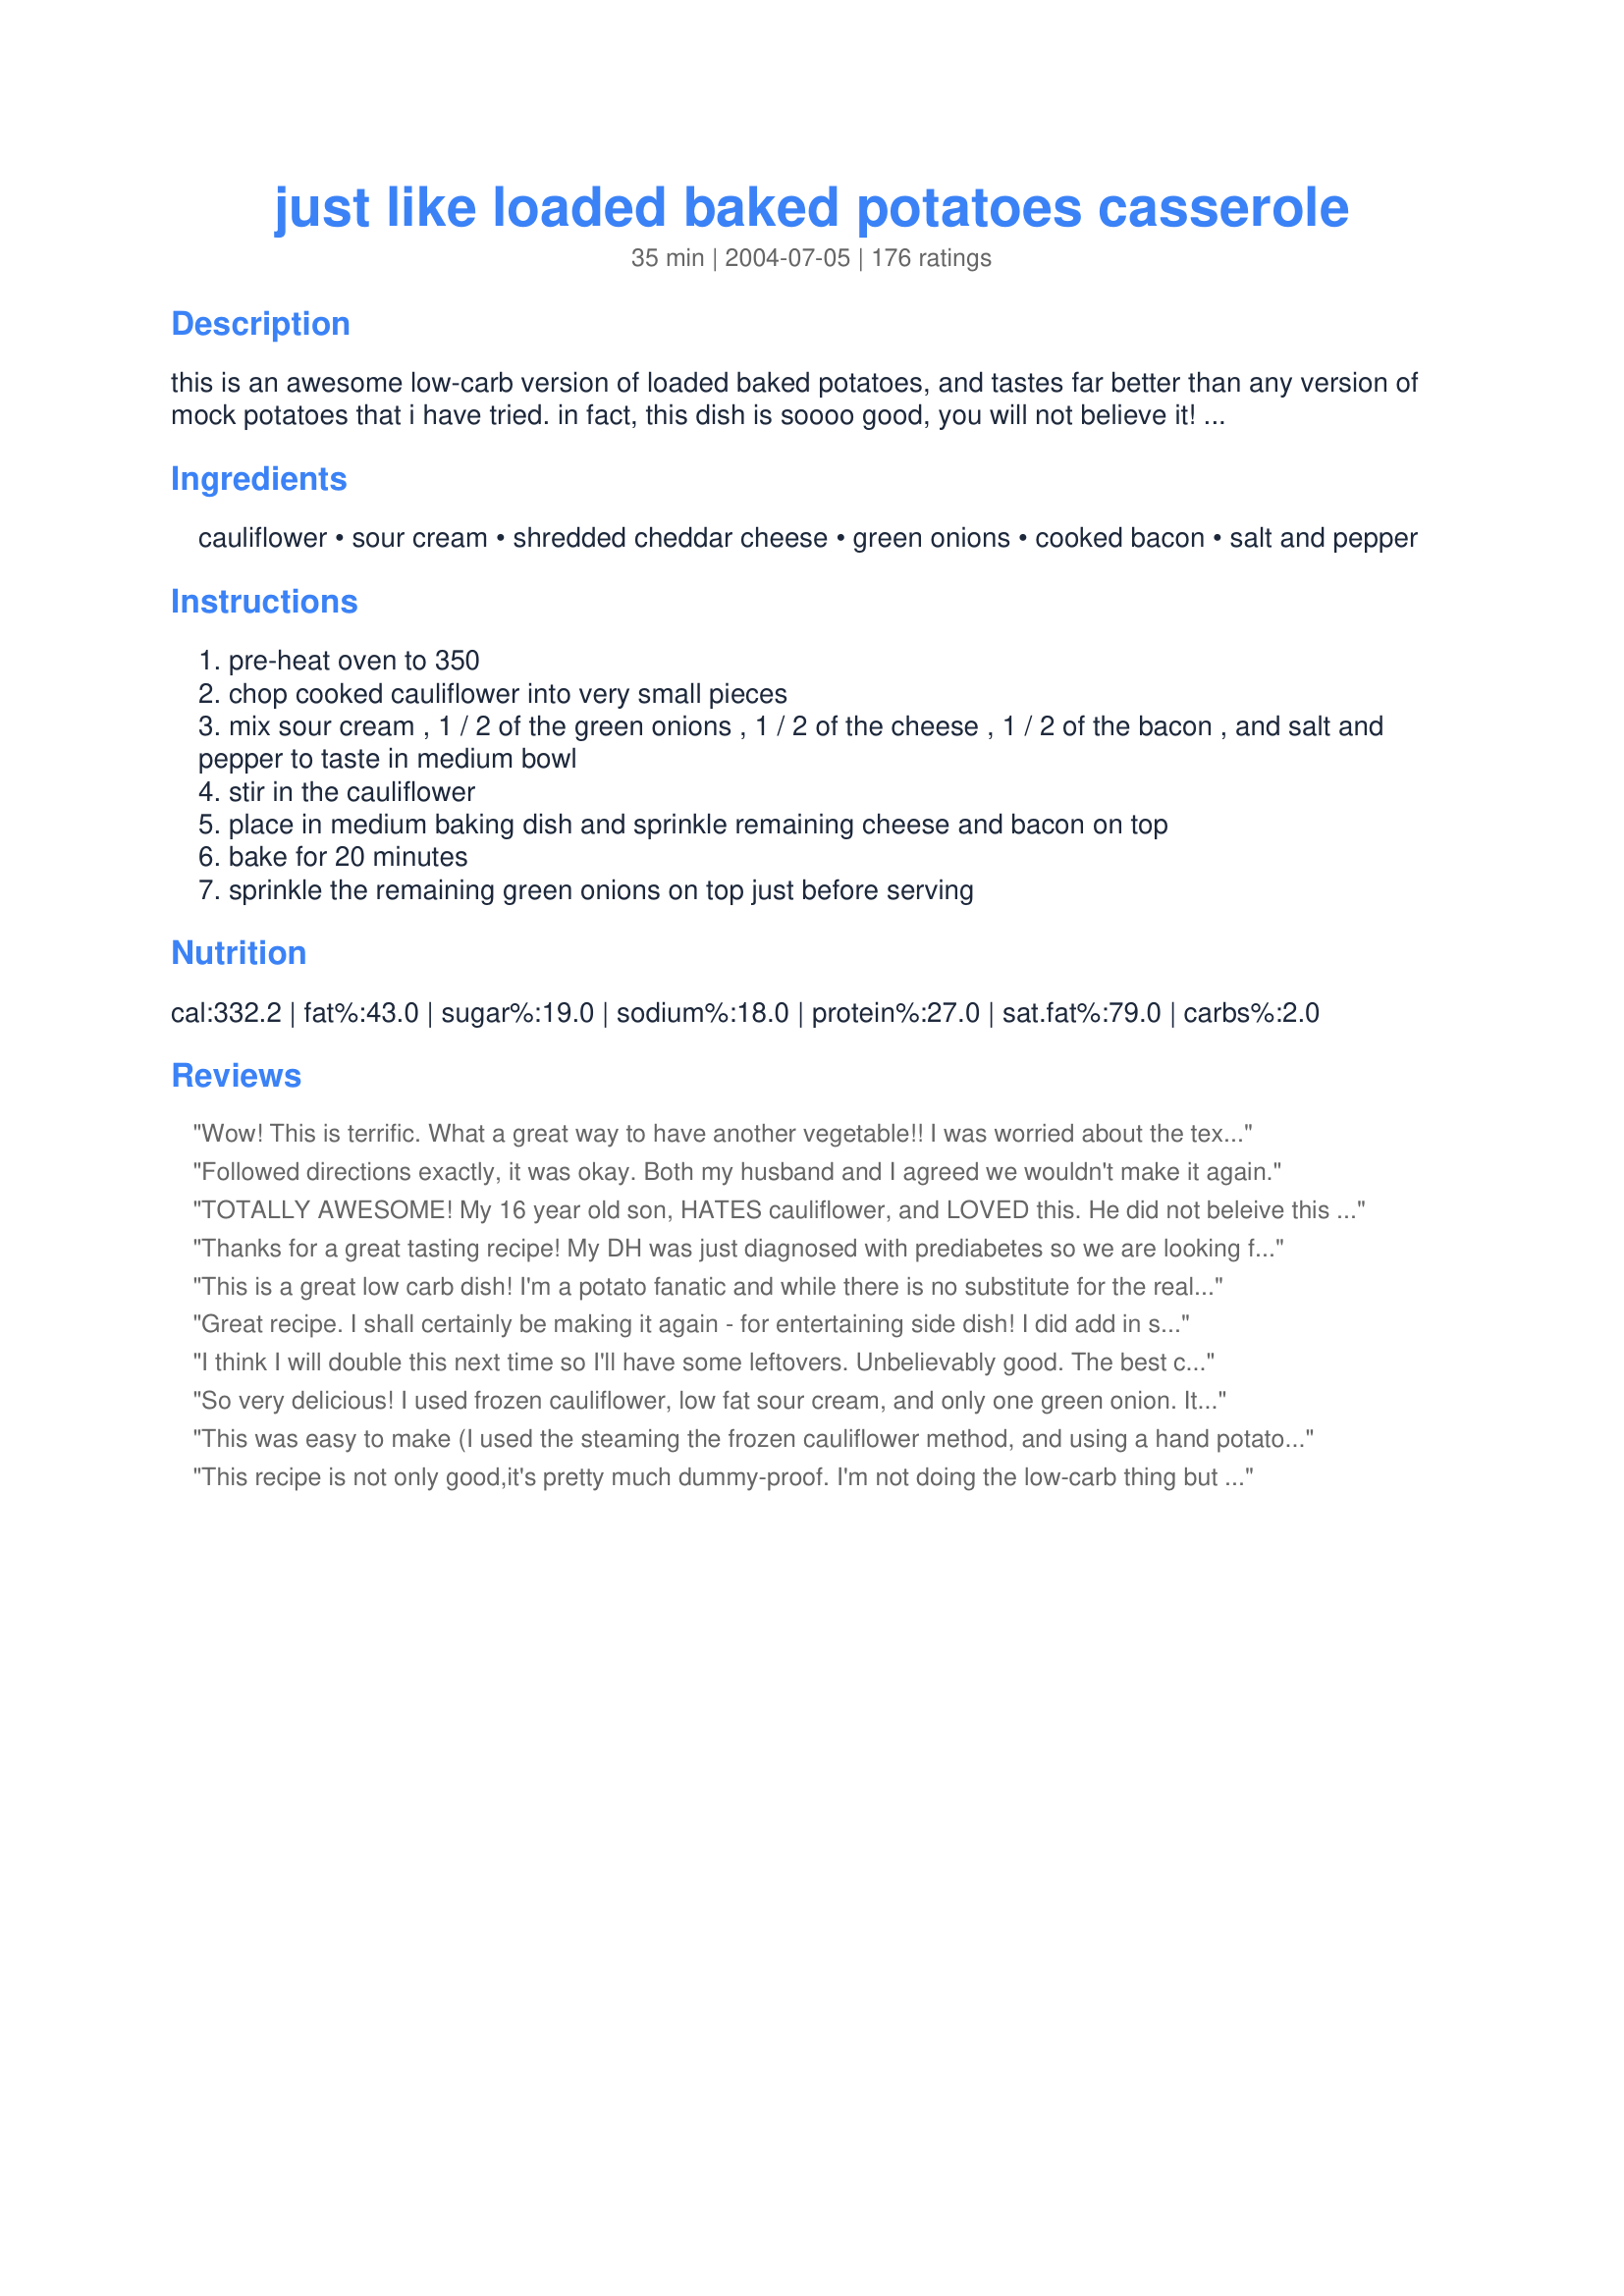
just like loaded baked potatoes casserole
Preparation time: 35 minutes

this is an awesome low-carb version of loaded baked potatoes, and tastes far better than any version of mock potatoes that i have tried. in fact, this dish is soooo good, you will not believe it! i do not remember where i got this recipe, but it is a fabulous side to any low-carb meal. you will be pleased, i promise! yum! yum!

Ingredients:
cauliflower, sour cream, shredded cheddar cheese, green onions, cooked bacon, salt and pepper

Steps:
pre-heat oven to 350
chop cooked cauliflower into very small pieces
mix sour cream , 1 / 2 of the green onions , 1 / 2 of the cheese , 1 / 2 of the bacon , and salt and pepper to taste in medium bowl
stir in the cauliflower
place in medium baking dish and sprinkle remaining cheese and bacon on top
bake for 20 minutes
sprinkle the remaining green onions on top just before serving

Reviews:
Wow! This is terrific. What a great way to have another vegetable!! I was worried about the texture, but it is very similar to a hash brown casserole. (I did mash the cauliflower some with my potatoe masher.) My husband said to "make this again!"
Followed directions exactly, it was okay. Both my husband and I agreed we wouldn't make it again.
TOTALLY AWESOME! My 16 year old son, HATES cauliflower, and LOVED this. He did not beleive this was a cauliflower dish. My other not-too-hip-on-veggies teenagers also ate this eagerly. Can't lose!!
Thanks for a great tasting recipe! My DH was just diagnosed with prediabetes so we are looking for low carb recipes and this one is a keeper. Thanks again.
This is a great low carb dish! I'm a potato fanatic and while there is no substitute for the real thing, this came in as a good second choice. I added some chopped red onion and some grated parmesan since I had them lying around. It is also good warmed up in the oven the next day.
Great recipe. I shall certainly be making it again - for entertaining side dish! I did add in some sliced fresh chillies because we like things spicy! I did mash the cauli as one member suggested but think i will leave it in small pieces next time because when mashed it makes the dish a little sloppy! Great recipe even i enjoyed it and i dont even like cauliflower!!
I think I will double this next time so I'll have some leftovers. Unbelievably good. The best cauliflower I have ever had, and great to know it is low carb. The only change I made was to use regular onions chopped really fine instead of the green onions.
So very delicious! I used frozen cauliflower, low fat sour cream, and only one green onion. It came perfect! I will definitely make this again!
This was easy to make (I used the steaming the frozen cauliflower method, and using a hand potato masher to break down my cauliflower). I followed the recipe as written. Made three GENEROUS portions. I thought it tasted more like loaded rice than loaded potato, but who cares! It was still very yummy.
This recipe is not only good,it's pretty much dummy-proof. I'm not doing the low-carb thing but I try to watch calories and fat so I used LF/FF-versions for a lot of the ingredients and it was still great.
I fooled my 6 yr old son with this. He thought it was mashed potatoes. I added a roasted garlic clove to this because Chili's restaurant uses a hint of roasted garlic in their mashed potatoes. It tasted superb. Only it doesn't stick together like a potato but who cares, its healthier.
I must admit, this much better than I expected. I'm not a huge fan of cooked cauliflower so I was skeptical. I will definately be using this as a side dish in the future. Thanks for a great recipe!
how many calories and net carbs please?
I also left out the green onions, but it was still very good. I am always looking for new ways to prepare cauliflower and we'll definitely have this again.
This was terrific! I didn't change a thing - will definitely make again & again. Thanks!
It was good and DH is diabetic so I choose it for him. He liked it a lot. I liked it OK as did one son but my younger son didn't go for it. I should say that I made it without bacon and that I would puree or mash finer next time. Thanks!
Great recipe, I use natural yoghurt instead of sour cream and add a teaspoon of chilli flakes to liven it up. I also mix breadcrumbs with the cheese for a crunchy golden topping, its a favourite in our house
Very good! Left off the green onions since I was out, otherwise made as directed. I did whip the cauliflower bit in the food processor.
Not that you need any more reviews!! <wink!> But this was just what I needed tonight -- with cauliflower in abundance, and tired of the same old, same old ... I did not tweak your recipe, but I used a container (1 cup, 250 ml) of creme fraiche instead of sour cream. Oh well, it's actually the same thing, only creme fraiche is thicker. I crisped the bacon under the oven grill. I did use up a small piece of Grana Padano cheese with the cheddar. Yes, it is rich, but I am a woman who happens to love "rich", and it has never made me fat! <wink!> I also appreciated that your ingredients and directions were spot on. In fact, I accidentally over-baked the dish by 5 mins. Thanks for a keeper!!
Very good dish! I hate cauliflower and I hate sour cream BUT since I love loaded potatoes and was following a low carb diet, I thought I'd give it a try. I followed the recipe as is and it was wonderful! My friends (who, also, are not fans of cauliflower) loved it as well. I recommended this recipe to all of my friends.
Excellent. I wasn't sure about the texture at first, but I got over it by the 2nd or 3rd bite because it just tased so good. I think as long as you go into it thinking of it as a cauliflower dish rather than expecting it to be like potatoes, the texure's great. I steamed frozen cauliflower, used turkey bacon, cut down a little on the sour cream, cut the green onions by half, added an extra 1/4 cup cheddar, and added a little grated parmesan reggiano. DH couldn't stop raving about it. No leftovers for us.
Made this tonight with LF sour cream and turkey bacon. If I hadn't been the one cooking it, I would have never guessed it was cauliflower. My husband could have sworn we were eating potatoes!
Yummy!! My husband ate more than half the dish that night. The recipe is one I plan on sharing. It truly tastes like a loaded baked potato, you will be pleasantly surprised!
WOW - this is outstanding! We made it as is and loved it.
Wow!!! AWESOME!!!

I didn&#039;t have green onions, so I used dried chives. Still awesome! !!
What a great idea!! It was good enough to make my cauliflower-hatin' husband eat it! I just thought the sour cream flavour was stronger than anything else. Next time I will try with fat free ranch dressing or less of the fat free sour cream.
this was great, will try to chop the cauliflower very fine next time as this was more like loaded cauliflower instead of potatoes
Oh my goodness! This is absolutely wonderful. I made it exactly as the recipe is written. I would imagine that it would be equally as good with chives instead of the green onion. This is in my cookbook and will be used often.
This was excellent! I will be putting this recipe in my favorites! I put my cauliflower in the food processor after I cooked it, and the dish had the consistency of couscous. I don't think I could fool anyone into thinking that these were potatoes, but it was delicious just the same! Thank you for sharing this recipe!
Made this and LOVED it! Got us thinking of another side dish..just add mustard and dill relish and WHALA!!!...fauxtato (potato) salad!!!..
Thank you so much for a wonderful recipe. I used one head of fresh cauliflower (steamed) and followed the rest of the recipe as written. We loved it as a main dish with green beans and a spinach salad. We are trying to eat a little less meat these days and this dish, with the cheese and bacon, fit the entree bill perfectly. We loved it.
This was sooooo yummy! My kids and hubby all loved it. Definitely a keeper!
Thank u. :)
LOVED IT !!! Easy AND quick !!! I used Full Fat Sour Cream....OH MY GOSH !!! YUMMMMM!!!

Mmmmm! Taking a cue from other raters I "over-cooked" (steamed) fresh cauliflower and used an electric mixer to make the mixture as close to mashed potatoes as possible. Delicious!!!
This recipe is outstanding! My biggest craving while doing lo carb is potatoes and this takes care of that!
Hubby and I LOVED these! I added some garlic salt to the cauliflower mix, other than that I didn't make any changes.
Thanks for a great recipe!
This was a really nice, quick side dish. Hubby wasn't too fond of it since he's really a 'meat and potatoes' kind of guy but I really enjoyed it and will be making it again the next time I get cauliflower from my CSA! This just proves (again!) that cheese and bacon in a recipe always equally yummy : )
Love it!! We have made this 2 times this month and still want more!!
I LOVED this recipe! My bf's first response after I explained the ingredients was "I don't even like cauliflower". But his plate was already licked clean. What a fun, healthy surprise. This was wonderful and I'll definitely make it many more times!!
This was amazing! I ate almost all of it myself tonight for dinner.First time I can say I'm glad no one else in my house will eat veggies,because I didn't have to share:)I made exactly as directed and your right, just like loaded baked potatoes.Love it and will be a new staple for me as I love cauliflower.Thanks for posting this yummy 5 star recipe!
Wow! This was very easy and tasted so decadent! I microwaved a separated head of salted cauliflower on high for about 10 minutes in a covered bowl, drained off the water and then I smashed the chunks into approx 1/4" tidbits with a potato masher. I followed the recipe as written except I did add a handful of leftover cooked broccoli to the cauliflower and about 1/4 cup of leftover ranch dip because I ran short on sour cream. I loved the texture, the flavor and the ease of making this dish. It is a fantastic recipe and I will definitely be making it regularly.
I made these for dinner tonight. I didn't make any changes and made the recipe as written. I didn't eat any but my family seemed to enjoy them. They gave them 4 stars.
WOW! This was amazing - I also increased the cauliflower and used frozen cauliflower that we steamed first, fat free sour cream, low fat cheese but extra bacon because it&#039;s bacon. All the guys kept saying was it was so good it tastes like a twice baked potato. We will make this again, possibly for my next pot luck!
This dish is now a staple on my table. I use a medium sized head of cauliflower, full-fat cheese and sour cream and add two ounces of cream cheese too. This is the perfect pot-luck dish. Low-carb and a palate powerhouse.
Family loves this! I had fresh cauliflower so I used it and chopped it with a pat of butter. Only one serving was left and that took willpower it was that good~
Fantastic!! I boiled my cauliflower for about 8 minutes before putting them in the stove. I added a bit of parm cheese as well and used FF sour cream. A new staple!!
This was good. The cauliflower added a nice flavor twist.
I thought it tasted good, but was more work than I&#039;d want for an ordinary side dish--having to pre-cook the bacon and cauliflower then having to bake everything after mixing it all together &amp; layer it uses too many dishes. Might be good if asked to bring a side for something, but I wouldn&#039;t want to go through all this for a regular dinner night.
Yummy and easy to prepare. I used close to 3 cups of cooked cauliflower and 4 strips of bacon. I also used medium cheddar cheese and it is just right (sharp cheddar may be too overpowering). I put in 1/2 tsp salt and 1/2 tsp pepper for flavoring.
This is my new favorite recipe! I really love that I can have something close to mashed potatoes on my Atkins lifestyle! The bacon and cheese are amazing. I put cheddar cheese on the top at the end and put in in the broiler and it makes a nice, cheesy topping! Even my 15 year old son chose this over mashed potatoes at dinner!
This was super good and really did not even taste like cauliflower. I steamed fresh cauliflower to use in this recipe. I also used half the amount of sour cream and substituted the other half with low fat cream cheese. Low carb and delicious too!
Very flavorful and easy to make! I followed your directions exactly. Loved it, thanks for posting!!
Y.U.M.M.Y!!!!!!!!! My husband and I both really enjoyed this recipe. You definately don't feel deprived while eatting this side dish. I used fresh cauliflower and doubled the recipe. Thank you for the recipe, it will definately be put into the rotation at our house. :)
Delicious! Made by the receipe.
Great! I used garlic instead of chives. It’s was a huge hit with my family, they want me to make more. I made a double batch and it wasn’t enough! Great recipe !!!!
I loved it.....will put it thru the food processor next time. Instead of the green onions we used garlic chives. also added fresh dill from the garden. Also cooked it on the BBQ instead of the oven....was yummy! Will be added to the menu rotation for sure.
Great Recipe, my wife loves it!
AWESOME!!
This was so good, the only thing I would do differently would be to puree the cauliflower so it had the consistency of mashed potatoes. Just a personal thing though!It was really a very delicious dish and we will be making it again.
Well written and easy to follow recipe, thanks so much for sharing!
LOVE IT! This was super yummy and you can hardly tell it's cauliflower. GREAT RECIPE!
Oh my goodness! Was this good!! It is a wonderful alternative to potatoes. Not lo-call, obviously, but definitely not loaded with carbs, either! I have a very picky eater in the house, and he couldn't tell they weren't potatoes! I roughly mashed the cauliflower to get a more potato consistency. Still had some nice texture. Thank you for sharing this! Definitely in our rotation!
I will definately make this dish again! I served it with steak and asparagus and both my hubby and I loved it. Thank you!
Best cauliflower dish ever I have eaten --EVER! We have it frequently and never tire of it. Made if with purple cauliflower last time -- just as good.
This was my first time making this and loved it. I doubled the recipe, however I used a 50/50 cream cheese and sour cream ratio yum! But didn't use 2 cups of creamy mixture when doubling. Only made up about 1 1/4 cup creamy ingredients which was more than enough! I was worried it would be too heavy as there was that much creamy but the oven dries it out slightly to the right level :)
So good! I made this for the first time. I have been leery of "faux" potatoes. And they were great. I steamed the cauliflower and it was easy to throw together. I might bring it to easter.
Oooooohhh Yeah! As Barry White would say. I used cream cheese instead of sour cream and added some chopped Jalapeno peppers. My family rarely eats actual potatoes any more. I also put my cauliflower in the food processor and pulse it to "rice" size pieces so I can stir fry it with vegies and have fried rice, too. Cauli-tatoes are my favorite though and my salvation on my 40 lb weight loss journey.
I didn't cut the cauliflower small, because we like cauliflower but it was really good. I could have eaten the whole dish. Yum.
I liked the fact that this was lo carb and it did taste good. I think I might use fresh cauliflower next time as the frozen stuff just doesn't do it for me. But it was a nice new side dish to add to my file. Made it exactly as written. It did take more than 20 minutes to get bubbly though.
This is pretty amazing! I steamed my cauliflower, then mashed it with the potato masher. Extremely yummy. Will sub chives for onions next time.
My fiance bragged and bragged about this dish. We are not low carbing it...we just want some new and different side dishes. I liked it, but wasn't amazed by it. It will be repeated many times by us though because my fiance couldn't get enough of it. Thanks!
Loved it!
YUM. Very tasty side dish for the low carbers. The two of us finished off the whole dish. I used low fat sour cream but full fat cheese. I left out the bacon entirely. We will have this again for sure.
Excellent recipe! I changed it up slightly: I used a fresh cauliflower that I cut up and steamed until just tender (10 min); subbed chopped cooked turkey bacon, used half lite sour cream and half 2% Greek yogurt, and instead of green onions, I used chives from my garden. Highly recommended :)
This was very good! I will use 1/2 the sour cream next time. There was way too much for me and my fam.
Made this for my boyfriend and now he asks for it all the time. Perfect side dish! I used frozen cauliflower and left it in big pieces. Doesn&#039;t resemble mashed potatoes but is still amazing!!
great! did exactly as said. ty
This dish was delicious! It tasted just like hash brown casserole- you could have totally fooled me! My husband and I are low carbers and this dish totally hits the spot when looking for a comfort food fix
Excellent recipe, we are eating low carb and this recipe was suggested to me. Great flavours and easy to put together. Thanks for sharing. I served with prime rib.
This was really good! I didn't have any green onions or bacon, so I just used dried chives instead. Also I only had mozzarella cheese instead, but it still tasted very good... Thanks!
This was very good. I didn't mash or puree the cauliflower as we wanted this for a vegetable dish, so I just chopped the cauliflower up. It was so good. I followed the recipe exactly, it was fabulous. Thank you for another cauliflower recipe my kids loved....Stephanie
OMG! I made this last night & I am in love! (I didn't have sour creme on hand so I use about a teaspoon of butter [it had 0 carbs!] to add some creaminess) This dish was my first from this site and I loved it. Making more tonight so my cauliflower won't go bad, that's how good it is! 5 stars!
The family loved it! I used up the cheddar and jack cheese I had and added ricotta because I needed to use it up. Best low carb cauliflower recipe I&#039;ve ever had.
Fantastic! This was sooo good! I used a broccoli/cauliflower mix since it's all I had, I didn't actually measure anything I put in it, just kind of put in how much looked good. Even the kids devoured it, including my youngest who doesn't care for broccoli or cauliflower, he had a 3rd serving!

For the kids it was a yummy way of getting some good veggies into them and for me it was a nice change to plain old veggies which I enjoy but on my diet gets kind of boring.
This dish was a hit!! It tastes JUST like loaded baked potatoes. I made this for dinner yesterday and I will for sure be making it again in the near future...I went for the lighter version and used light sour cream and low fat/sodium turkey bacon...thanks for the recipe! :)
Loved this! I reduced the sour cream to 1/2 C per reviews and it was great. I also reduced the green onions by about half as that was all I had on hand. Excellent recipe, will definitely make again. Thank you.
This was delicious! I did follow some other&#039;s suggestions and due to being on a very low carb diet, exchanged the sour cream for cream cheese. Otherwise, followed the directions. I used a potato masher and it had more of a creamy, cheesy rice consistency. Even my picky kids thought it was good. This is a must have recipe when watching your carbs. I&#039;m making it a second time for this week! Thanks Helping Hands
These were wonderful, and I'm not even a huge fan of cauliflower. I can't believe how much these taste just like mashed potatoes - I put them in the food processor. Yummy!!
Pretty good - not sure if I'll make this again. I pureed the cauliflower but the texture was still a little odd
I made this tonight for my low-carbin fiance and he says it is awesome. It smells just like twice baked potatoes! The poor guy was so tired of the low-carb regulars. This was wonderful for a change! Thanks so much for sharing!
The whole fam loved this! I did not try to pretend this was a potato dish. I cut the cauli into bite-sized pieces and nuked 8 min till cooked but still firm, then drained and mixed this up. I gave the guys the option of having this as a chilled salad or hot, and they chose hot. Wonderful non-potato dish! Great with pork barbecue and slaw.
This was a great low fat side item. I used ff sour cream, Cabot 75% ff cheddar cheese and left out the bacon. We'll be eating this again. Thanks.
This is one of the VERY BEST low carb dishes I have ever had!!! I steamed fresh califlower on the stove and made sure to drain it very well before adding the other ingredients. Thank you so much for posting this recipe...my family loved it and we will have it often. Good enough to serve those not low carbing too!
It was good. I pureed the cauliflower. I really dislike cauliflower, but you are right, with the extra ingredients it kinda tastes like potatoes.
Outstanding recipe! I used lite sour cream and added 1/4 tsp cayenne. My Foodie wife said she would serve this dish to anyone!
This fooled my husband, who does not like cauliflower 'mashed potatoes'. However I made it to see if I could fool my 10 year old into eating a vegetable...no go...but after all he is a potato expert. For me, I loved it, and anything with bacon in it is a bonus!
first cauliflower substitution recipe I like.
Sooo very good! I kept to the original recipe and used a food processor to chop the cauliflower and mix in the cheese, bacon etc. Turned out very rich and creamy - will make again!
I liked these but my family wasn't crazy about them. I followed the recipe as written other then I didn't use green onions as we don't like them. I also used Hormel bacon pieces. This was something different but my family would rather have potatoes (and I am the only one that low carbs)
Very Good. Husband loved it!
This recipe is so good. Eveyone who has tried it really likes it. I could eat it by itself as a meal. I normally fix it just as written but have used vidalia onions in place of green onions when that was all I had.
We loved this. When making these mock potato dishes, I find that putting the cauliflower in the food processor gives it the most potato-like consistency. I also baked these in individual oval ramekins to give the impression of a long oval potato. :)
Very easy and delicious new way for me to make cauliflower. The kids even liked it. I mashed the cauliflower to make it creamier.
Wonderful! My guys were skeptical because of the cauliflower but soon lost control! We will definitely do this one again.
This dish was so crazy good just as is! Thanks for the recipe
I really enjoyed this dish. It TASTES just like a loaded baked potato but the texture kind of throws you off at first. Thanks for helping me stay on my diet!!
So good!!!! I served it to guests last night and they gobbled it up. The kids (9 and 10) who previously had turned up their noses at cauliflower ate two servings. I used fresh cauliflower, real cheese and low fat sour cream.
Very fancy and tasty cauliflower dish. Even my kids liked it. Thanks for posting.
So tasty!! You know it's a keeper when you crave for a week after and I definitely did!! The only thing I would do differently next time is cut down the sour cream to 1/4-1/2 cup. I also left the cauliflower chunky (don't like the consistency of puree). I made a second batch with a cauliflower/broccoli mix. Still tasty! Def a keeper.
Very good recipe! Really does taste like a loaded baked potatoe but made with cauliflower. 
You wouldnt know you wasn't eating potatoes. 
Excellent flavor! Thanks for sharing your recipe.
Rave reviews every time I serve this dish. I make it just as the recipe calls for, mashing the cauliflower fine, like mashed potatoes. Thanks for a wonderful recipe!
Loved this simulation of baked potatoes without all the carbs. Excellent, and will make a lot now that I have the recipe!
thanks for this recipe...what a great idea! And we like it more than regular potatoes because it's so much lighter!
Tricked my kids tonight!!! They had NO idea it was cauliflower (which they hate)and it is ALL gone.
Great alternative to those high carb potatoes. We really enjoyed these knowing they weren't going to add inches to the hips :) I used turkey bacon to make them healthier too. I can't wait to tell my friends about this one. Thanks for sharing!
Holey Moley!! Those are GREAT. And I don't like cauliflower.. neither does my significant other. But we both ate seconds (and thirds) of this. I didn't have any green onions, so I used 1/2 cup of chopped yellow onion when it went in the oven. AND I did run it through the food processor to chop it up finely. That helped the texture a bunch. It was fantastic!!!! Definitely a keeper!!
This was very good! I did puree my cauliflower (not completely) and omitted the bacon only because I was out. I added some red pepper flakes and made as directed and it was really good!! Will be a staple!
My husband's doctor wants him to cut down on carbs, but that's tough for a &quot;meat and potatoes&quot; guy. This recipe sure went a long way to getting him to foget his troubles! My 21-year-old stepson ate about HALF of this on the first night. They were very happy with it and I was glad that it was so easy to make!
A winner! We made as-is and loved it. Thanks for sharing.
Officially my new favorite recipe! This recipe proves eating healthy doesn&#039;t have to feel like a punishment! :)
Outstanding! Even made w/ 1 cauliflower, NO bacon, 4-5 tbsp sour cream, 1 C cheddar, 2 green onions added as garnish & was FAB! Full of flavour....cant wait to have this as BREAKFAST as well! Would also be great topped with a bit of bread crumbs! THANKS
Soooo yummy!!! I halved the recipe for the 3 of us and use cajun season salt for taste. Really a great way to prepare cauliflower which can usually be pretty boring. Thanks for sharing!
I made this last night to go with our Valentine&#039;s dinner of lobster &amp; steak. I steamed a whole head of cauliflower, drained and mashed with a potato masher, added 2 tlbs. of butter, about 3 tlbs. of ranch dressing, cuz i was out of sour cream, 3 green onions chopped,6 slices of chopped cooked bacon &amp; the bottom shakes of shredded &amp; cubed cheddar cheese &amp; pepper. I didn&#039;t bake it, cuz it was getting late.The outcome was delish, my hubby said he could live without real mashed potatoes for this &amp; that says alot cuz he is a meat &amp; potato kinda man! Thanks for sharing, will be making this again soon!
Oh my God!!! This was soooo good!!! I'm on Atkins so usually it's meat, veggies, and a salad. Thanks for the great idea for a new side dish. I could eat this everyday!!!
Not sure this recipe needs yet another 5 star review but HOLY COW... We will never eat cauliflower with plain 'ol cheese sauce again. This is so much easier and tastier than any that I have ever made.
delicious!
Very yummy indeed! My BF and I are not on low carb diets, but I decided to 'sneak' this dish in one night. He could not believe that it was cauliflower. I also loved it, and I have never been a fan of this vegetable. The only changes I made was to add 1-2 Tbs of finely grated romano cheese that I had leftover from the night before. It added so much flavor and richness. I also pureed the cauliflower after zapping it in the microwave... it was almost the exact consistency of mashed potatoes. You must try it... it will change your mind about cauliflower forever!
Good stuff, used turkey bacon and fat free dairy.
Lovely recipe... I did half expect it to be a little *more* like mashed potato than it was... and like another reviewer I would also mash or puree the mixture next time. The bacon and cheddar definiately enhance the flavour of a very plain veggie such as cauliflower and it was easy to make. Please see my rating system: a lovely 4 stars for a recipe that I will be making again, and using as a great starting base recipe maybe with a little more onion and a little less bacon next time to suit our tastes. Thanks!
We didn't care that much for other "mock" potato dishes. This one was a big hit with my dh and my picky dd (although she said she could taste the cauliflower). It was great and will be the one mock potato dish that we make again.
This dish smelled fantastic baking and looked great coming out of the oven as well. I used a hand blender on the cauliflower rather than chopping after reading some reviews and I think that definitely enhanced the "potatoesque" quality. I don't think it actually tasted like potatoes (you would need a very strong will and keen imagination for that illusion) but it was still quite tasty. Used reduced fat dairy and turkey bacon and the casserole was still very creamy.
I made this last night and it was GREAT.Three people ate with two on low-carb. But every one was talking about it again this morning over breakfast
Yummy! I never thought I'd like cauliflower but this is a keeper! The only substitution I make is I use pre-cooked bacon crumbles (like for salad topping but fresh).
This was absolutely delicious. I am not necessarily a fan of cauliflower but this intrigued me. I cooked the cauliflower in chicken stock and also added some finely diced red onion. I had guests over for dinner and everyone loved it. Thanks for sharing, Helping Hands, this is a keeper.
This is great! This was my first time trying a "mock" potato dish. I had no green onions but it was great without! Will definatley keep making this! Thanks!
So Perfect... didn&#039;t change anything...just added a little more cheddar cheese..so so good! Thank you for sharing!
Excellent. This is the first low-carb cauliflower trying to imitate potatoes that has been a big hit with my husband and I. The fat content is high, but I will use low fat or fat free sour cream. just excellent -- posted Nov 17, 2005


This stuff is 100% amazing! Even my non low carb friends love it and my small children love it too. I use cream cheese in mine- a whole 8oz package and I use more cauliflower. Since I'm usually out of green onions, I find that the dried chives work very well! This is a super easy and tasty dish for anyone, not just low carbers!!
My family and I really enjoyed this. I had a hard time convincing a couple of them that this had cauliflower instead of potatoes in it.
Amazing. I make this for every potluck.
Tried this last night for the first time.&lt;br/&gt;Everyone loved it!
I made this hoping that cauliflower could be a substitute for potato. It's not. This tasted nothing like loaded baked potatoes. (And I'm a cauliflower lover, but I couldn't finish eating a single serving.)
Tastes just like loaded potatoes!
This is such a treat for anyone - not just those watching carbs! I even like it cold the next day! I used part sour cream and part softened butter. I also added a little Parmesan/Romano cheese and a little garlic powder! Try NOT to omit the GREEN ONIONS! Delish!
I do not like cauliflower, however I made this recipe for my husband, tried it and LOVED it! Excellent recipe.
We really liked this. I left the cauliflower in largish pieces rather than mashing. I wanted a cauliflower dish and not a faux-tato dish. I will definitely make this again.
This was an ok way to use cauliflower and get the kids to eat it, buy only I was willing to touch the left overs. Better the second day anyway.
I used a head of cauliflower and it worked great. Mashed with a potato masher just until crumbly and it was the perfect consistensy for me, (I don't like how it can get watery when you puree it) This made 4 large servings. Thanks for posting!
Sorry to disagree, but I found this too rich and creamy. I would much rather make standard cauliflower and shredded cheese.
Very good. I cut the cauliflower into tiny buds. I would advise to cook the cauliflower to your desired tenderness. We typically like it steamed slightly crisp, but for this recipe, a very tender steam would have made it better texture. Still very good!
Clear instructions and wonderful taste! I put it through the food processor before baking and the consistency was just right. Next time I think I will pipe it into hollowed out potato skins for that authentic look without the carbs. Thanks for sharing this keeper recipe :)
LOVED THIS! It was amazingly delicious and really, very easy to make. I used fresh cauliflower that I steamed before baking. I made this to go along with a spinach stuffed chicken and steamed baby carrots for a rather healthy and low carb dinner. I used the measurements listed and got enough to make 6 side dish portions. Will be making this time and again I am sure. Thank you Helping Hands.
I can see why puree would be good and more mashed potatoes-like, but was still good cut into small chunks. We used two bags of frozen cauliflower and omitted bacon, but was so good I couldn't get enough!
Excellent. Very simple and yummy. I steamed the cauliflower and put it through my processor. I also added extra turkey bacon and used a seasoning salt that I also found on this site. Thank you...Helping Hands...for adding to my collection of wonderful and amazing recipes. :)
LOVED this!! We're trying to cut back on carbs and this was delish!! We'll be making this quite often, thanks!
This is AWESOME! I roasted the cauliflower in the oven, gave it great flavor! I did sub half of the sour cream with cream cheese, otherwise, made it as is. It was the only side dish at Easter that was gone! I will be making this again and again!
This is darn fine eats.... I modified slightly because I know what my family likes. I am sure it would be good made exactly as stated, as well.
Amazing!
My husband PREFERS this to potatoes now! So good!
I make this recipe but use 4 oz reduced fat cream cheese. It's creamier and delicious! I make this all the time in place of potatoes.
Very good recipe, easy to make, my problem is that I can never get the cauliflower small enough {no food processor}. But the family enjoyed it and it makes a nice side dish. Hard to find those for low carbers!!
This was pretty good. I only used half of the sour cream but still was just a little too much for my taste. Next time I'll try using about 1/4 cup and see how that taste. I'm thinking this will make a good dish for potlucks. Will try it out come summer for our family reunion. This would be a good dish to try for people who don't like cauliflower.
I made the recipe as instructed and it was awesome (I used turkey bacon). My daughter and I thought it tasted like a loaded baked potato while my husband said it was loaded but still tasted like cauliflower due to the consistency however he thought it was good<br/>Jae Mac, I'm Just Sayin'...(Damn!)
Yummmm! Definately a keeper and easily gluten free. The califlower I got was small so I added some left over steamed carrots-turnips-beets and all was chopped about 1 inch square to maintain some crunch. I steamed the fresh califlower 15 minutes. Used Jennie O turkey bacon. My husbands testimony...&quot;tell them I ate it before I ate my meatloaf.&quot; Very colorful, it would be a great pot luck dish.
Easy to prepare. I used about 1/2 the green onion, but made as directed other than that. Too much sour cream and not enough cheese for our tastes, but still really good. We will make this again. Thanks.
this was a great dish, I put my cauliflower in the food processor to chop up and added all the ingredients as the recipe stated. The only thing I may try differently next time is to try another type of cheese and to only add the bacon on the top of the casserole. Thanks for a great dish!
FANTASTIC recipe!! The folks who wrote that it was too creamy, etc., must have either overcooked the cauliflower, run it through a food processor, or both. If one simply undercooks the cauliflower over steam (or in the microwave), chops it manually into medium sized pieces, and follows the recipe instructions, the outcome is wonderfully satisfying and delicious. This was great as a side with some broiled salmon last evening! Thanks so much for posting it for all of us to enjoy.
This was terrific. I didn't mash up my cauliflower enough, so it still was very chunky but everyone loved it. This will become a standard around my house.
This was even better than expected! I cored and sliced a head of fresh cauliflower, then braised the cauliflower over medium heat in a covered pan with 2 T. butter, 1 tsp. salt, and about 1/4 cup chicken stock. It took about 15 minutes on medium for the cauliflower to become tender. Then I removed the lid, raised the heat to high and continued cooking a couple more minutes to allow the liquid evaporate. Then I stirred and mashed it into smaller pieces. (You may recognize the method from Chef John&#039;s cauliflower potato mash) Didn&#039;t need to use any more salt in the sour cream mixture, used almost 1/2 tsp. pepper. I used pre-shredded casserole cheese blend and baked it in a 7 x 11 pan. Thanks for a great recipe, I will be making this one a lot!
This is delicious! I did not change a thing (except omitted bacon because Im probable the only person in the world who is not fond of bacon). My husband also loved it. This will be a regular .
This recipe has been a staple of mine for about 5 years now. It's so good, even my non low-carb friends love it! First found this on "Linda's Low Carb Recipes" site.
Yummy!! Thank you so much for this wonderful recipe from all of us 'low carbers'! It was delicious. I used Green Giant Culiflower & Cheese Sauce frozen side dish and put all of the ingedients into my food processor (except bacon) pureed and served just like that. I skipped the baking and although a bit runny, it tasted just like mashed potatoes. This will become a favorite side dish of mine several times a week from now on. Thanks again for the yummy post!!
I asked my husband if he wanted cauliflower for supper and he sort of turned his nose up. Once he tasted this dish, he had a different opinion of cauliflower!!!!! This was delicious.
This was quite possibly the most delicious cauliflower dish I have ever had! DH and I may not eat starch in the evenings but he is not a big veggie fan and especially not of cauliflower. I was looking for a way to get him to eat this veg without a fuss and this recipe is a definite winner! Smells yummy while it is cooking and tastes even better! A keeper for sure! Thanks for sharing.
Delicious!
This was yummy! I subbed plain Greek yogurt for the sour cream and garlic for the onions as I can't eat onions. Both my boys ate it!
Guess I was the only one that didn't dig this. Not sure if it's because of the sour cream or what. Maybe with cream cheese as someone else did. Fantastic idea though.
Great way to shake up cauliflower.
